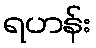
ရဟန်း